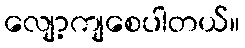
လျော့ကျစေပါတယ်။